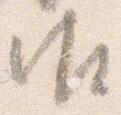
御